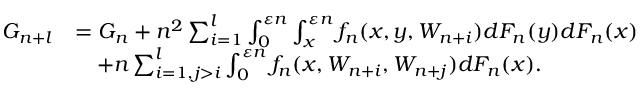
\begin{array} { r l } { G _ { n + l } } & { = G _ { n } + n ^ { 2 } \sum _ { i = 1 } ^ { l } \int _ { 0 } ^ { \varepsilon n } \int _ { x } ^ { \varepsilon n } f _ { n } ( x , y , W _ { n + i } ) d F _ { n } ( y ) d F _ { n } ( x ) } \\ & { \quad + n \sum _ { i = 1 , j > i } ^ { l } \int _ { 0 } ^ { \varepsilon n } f _ { n } ( x , W _ { n + i } , W _ { n + j } ) d F _ { n } ( x ) . } \end{array}